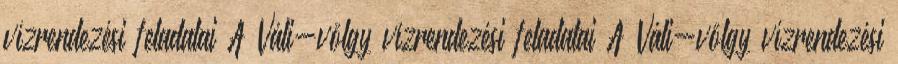
vízrendezési feladatai A Váli-völgy vízrendezési feladatai A Váli-völgy vízrendezési